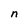
Character: n